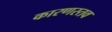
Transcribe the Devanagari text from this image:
कारणस्तव